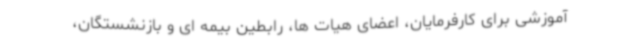
آموزشی برای کارفرمایان، اعضای هیات ها، رابطین بیمه ای و بازنشستگان،